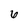
Character: 6